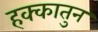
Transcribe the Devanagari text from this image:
हक्कातुन